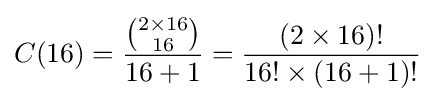
C(16)={\frac {\binom {2\times 16}{16}}{16+1}}={\frac {(2\times 16)!}{16!\times (16+1)!}}